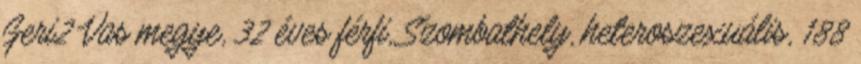
Geri2 Vas megye, 32 éves férfi, Szombathely, heteroszexuális, 188